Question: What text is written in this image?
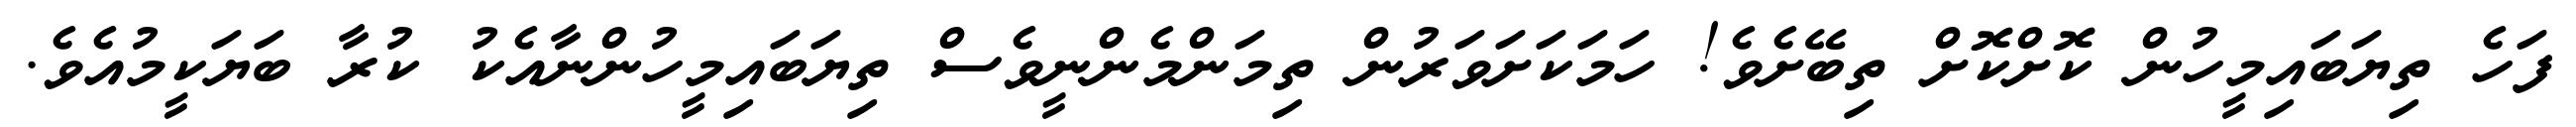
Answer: ފަހެ ތިޔަބައިމީހުން ކޮށްކޮށް ތިބޭށެވެ! ހަމަކަށަވަރުން ތިމަންމެންނީވެސް ތިޔަބައިމީހުންނާއެކު ކުރާ ބަޔަކީމުއެވެ.